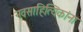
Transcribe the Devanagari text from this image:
नवसाहित्यिकांना